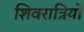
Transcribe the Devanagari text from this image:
शिवरात्रियों